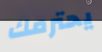
يحترمك